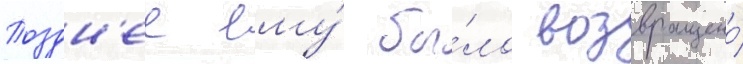
Поздн'ее ему́ бы́ло возвращено́